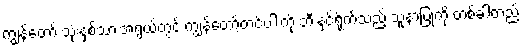
ကျွန်တော် သုံးနှစ်သားအရွယ်တွင် ကျွန်တော့်တင်ပါးကို ဘီးနှင့်ရိုက်သည့် သူနာပြုကို တစ်ခါတည်း